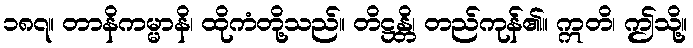
၁၈၇။ တာနိကမ္မာနိ၊ ထိုကံတို့သည်။ တိဋ္ဌန္တိ၊ တည်ကုန်၏။ ဣတိ၊ ဤသို့။